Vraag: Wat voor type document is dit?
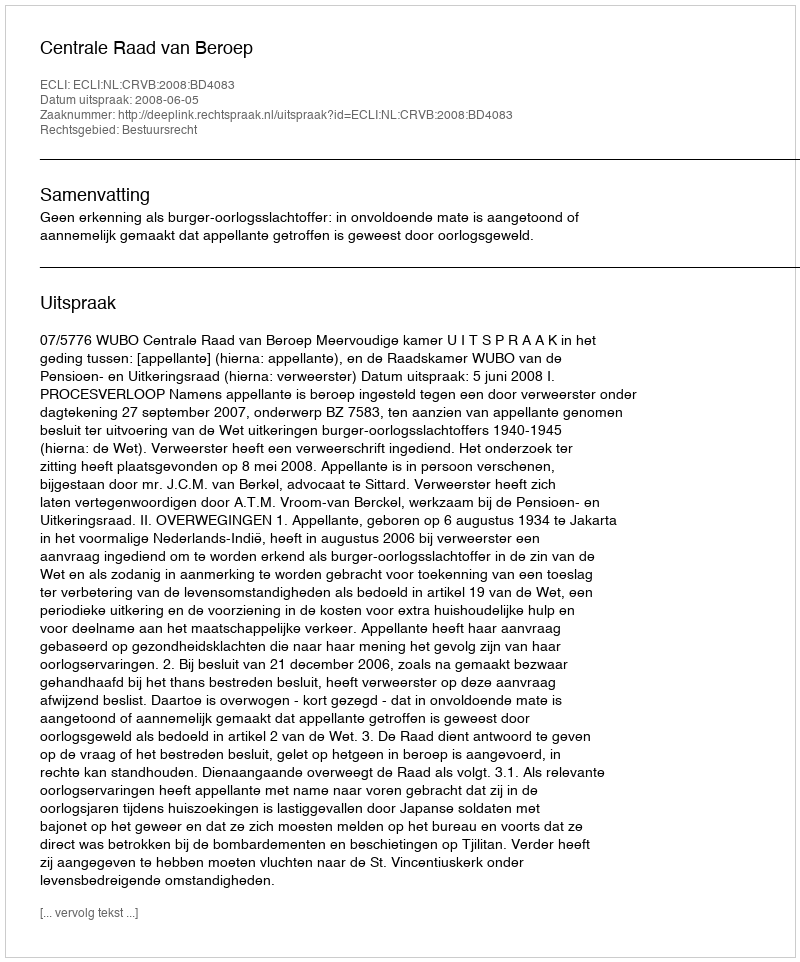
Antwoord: Uitspraak